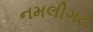
નમલીગઢ